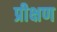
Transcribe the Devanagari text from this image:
प्रीक्षण